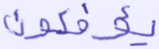
يؤفكون